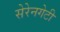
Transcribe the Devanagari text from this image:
सेरेनगेटी